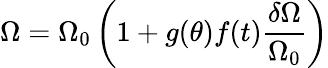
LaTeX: \Omega=\Omega_{0}\left(1+g(\theta)f(t)\frac{\delta\Omega}{\Omega_{0}}\right)